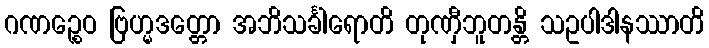
ဂဏဉ္စေဝ ဗြဟ္မဒတ္တော အဘိသင်္ခါရောတိ တုဏှီဘူတန္တိ သဥပါဒါနဿာတိ